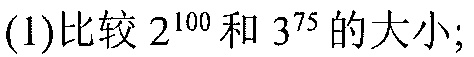
(1)比较$2^{100}$和$3^{75}$的大小；